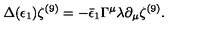
\Delta ( \epsilon _ { 1 } ) \zeta ^ { ( 9 ) } = - \bar { \epsilon } _ { 1 } \Gamma ^ { \mu } \lambda \partial _ { \mu } \zeta ^ { ( 9 ) } .